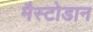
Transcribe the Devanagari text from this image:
मैस्टोडान